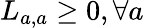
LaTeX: L_{a,a}\ge 0,\forall a